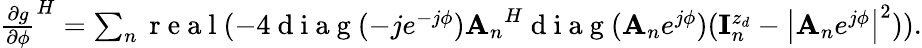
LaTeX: \begin{array}{r}{{\frac{\partial g}{\partial\phi}}^{H}=\sum_{n}\mathrm{~r~e~a~l~}(-4\mathrm{~d~i~a~g~}(-je^{-j\phi}){{\mathbf A}_{n}}^{H}\mathrm{~d~i~a~g~}({{\mathbf A}_{n}}e^{j\phi})({\mathbf{I}}_{n}^{z_{d}}-\left|{{\mathbf A}_{n}}e^{j\phi}\right|^{2})).}\end{array}